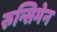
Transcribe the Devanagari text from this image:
रुन्सिमेन